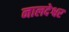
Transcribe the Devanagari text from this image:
नालदेश्वर